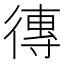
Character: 𪫖